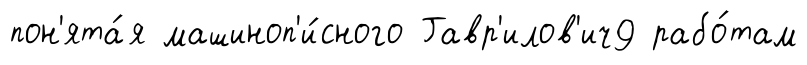
пон'ята́я машиноп'и́сного Гавр'илов'ич9 рабо́там